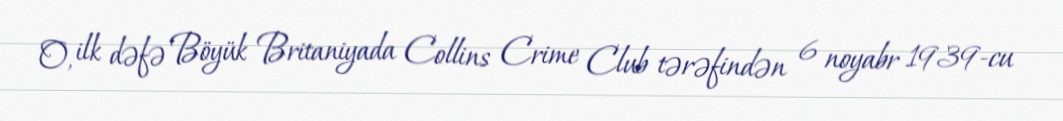
O, ilk dəfə Böyük Britaniyada Collins Crime Club tərəfindən 6 noyabr 1939-cu